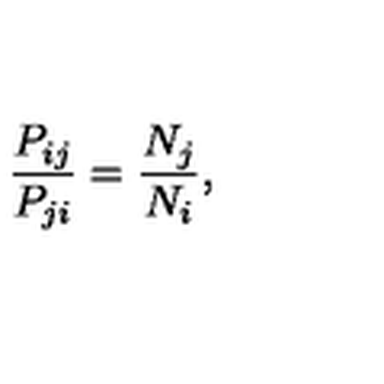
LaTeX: { \frac { P _ { i j } } { P _ { j i } } } = { \frac { N _ { j } } { N _ { i } } } ,